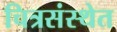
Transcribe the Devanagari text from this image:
चित्रसंस्थेत